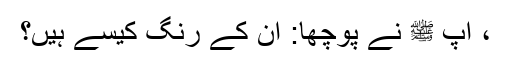
، آپ ﷺ نے پوچھا: اُن کے رنگ کیسے ہیں؟